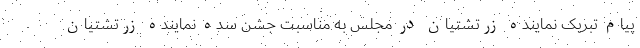
پیام تبریک نماینده زرتشتیان در مجلس به مناسبت جشن سده نماینده زرتشتیان